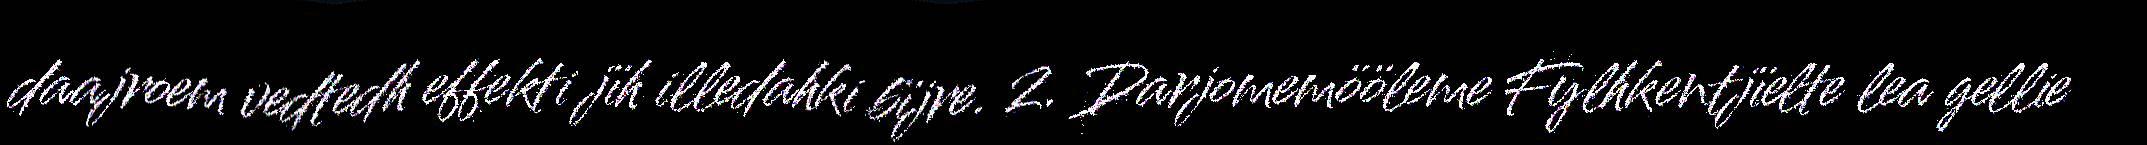
daajroem vedtedh effekti jïh illedahki bïjre. 2. Darjomemööleme Fylhkentjïelte lea gellie